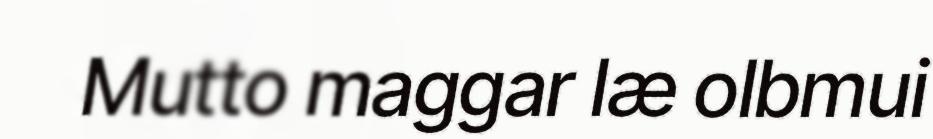
Mutto maggar læ olbmui